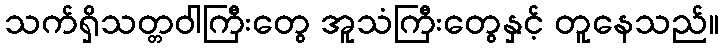
သက်ရှိသတ္တဝါကြီးတွေ အူသံကြီးတွေနှင့် တူနေသည်။